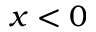
x < 0